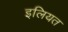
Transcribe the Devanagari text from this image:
इलियत